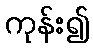
ကုန်း၍